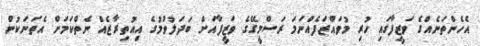
އެހެންތަނެއްގެ ވަޒީފާގައި ހުރި މުވައްޒަފެއްނަމަ ރަސްމީގޭގެ ވަޒީފާއަށް ބަދަލުވުމުގެ އިއުތިރާޒެއް ނެތްކަމަށް އެތަނަކުން